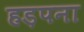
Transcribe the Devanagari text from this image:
हड़पना